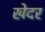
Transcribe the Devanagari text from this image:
खेदर